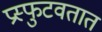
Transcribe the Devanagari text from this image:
प्रस्फुटवतात